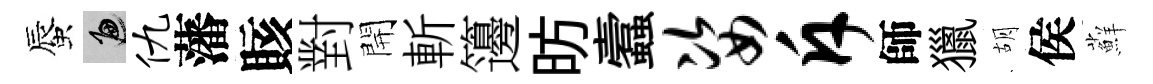
蜃遍仇藩賅對開斬籩昉蠧姿斥師獵胡侯蘚